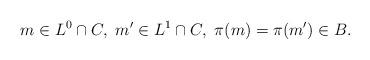
LaTeX: \begin{align*} m \in L^0 \cap C, \ m' \in L^1 \cap C, \ \pi(m) = \pi(m') \in B.\end{align*}